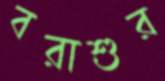
বরাশুর